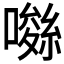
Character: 𡀚